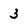
Character: 3